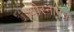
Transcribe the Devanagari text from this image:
घोस्नापत्र